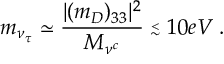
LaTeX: m _ { \nu _ { \tau } } \simeq \frac { | ( m _ { D } ) _ { 3 3 } | ^ { 2 } } { M _ { \nu ^ { c } } } \stackrel { _ < } { _ \sim } 1 0 e V \; .